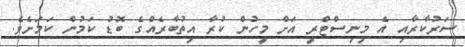
ސަރުކާރާއި އެ މިނިސްޓްރީ އަށް މީހުން ކުރާ އިތުބާރެއްގެ ބޮޑު ކަމުން ކަމަށެވެ.